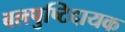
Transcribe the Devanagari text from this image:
बलपुष्टिदायक